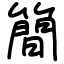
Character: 簡